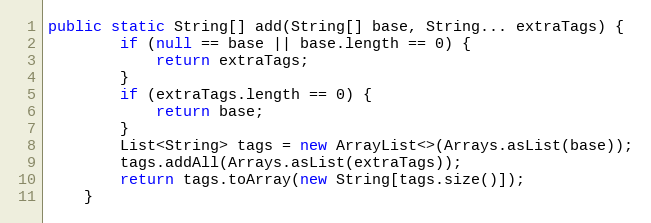
Language: Java
public static String[] add(String[] base, String... extraTags) {
        if (null == base || base.length == 0) {
            return extraTags;
        }
        if (extraTags.length == 0) {
            return base;
        }
        List<String> tags = new ArrayList<>(Arrays.asList(base));
        tags.addAll(Arrays.asList(extraTags));
        return tags.toArray(new String[tags.size()]);
    }